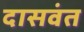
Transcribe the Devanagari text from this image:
दासवंत